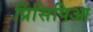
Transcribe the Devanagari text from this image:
प्रिंसिपिआ